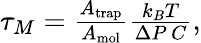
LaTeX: \begin{array}{r}{\tau_{M}=\frac{A_{\mathrm{trap}}}{A_{\mathrm{mol}}}\frac{k_{B}T}{\Delta P\, C},}\end{array}